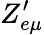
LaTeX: Z_{e\mu}^{\prime}